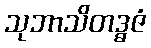
သုဘာသိတဒ္ဓဇံ